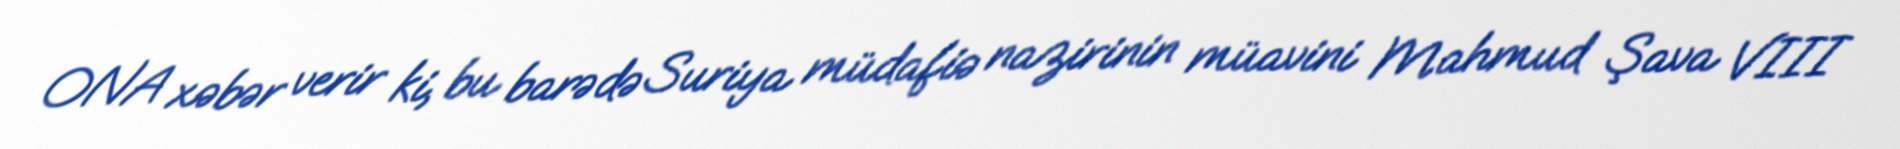
ONA xəbər verir ki, bu barədə Suriya müdafiə nazirinin müavini Mahmud Şava VIII